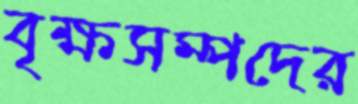
বৃক্ষসম্পদের